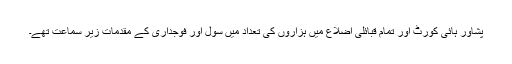
پشاور ہائی کورٹ اور تمام قبائلی اضلاع میں ہزاروں کی تعداد میں سول اور فوجداری کے مقدمات زیر سماعت تھے۔